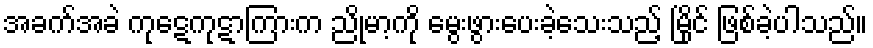
အခက်အခဲ ကုဋေကုဋာကြားက ညိုမာ့ကို မွေးဖွားပေးခဲ့သေးသည့် မြိုင် ဖြစ်ခဲ့ပါသည်။